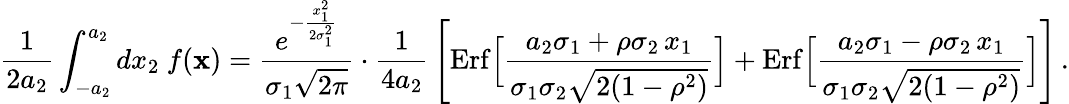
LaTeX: {\frac{1}{2a_{2}}}\int_{-a_{2}}^{a_{2}}dx_{2}\ f({\mathbf x})={\frac{e^{-{\frac{x_{1}^{2}}{2\sigma_{1}^{2}}}}}{\sigma_{1}\sqrt{2\pi}}}\cdot{\frac{1}{4a_{2}}}\left[\mathrm{Erf}\Big[{\frac{a_{2}\sigma_{1}+\rho\sigma_{2}\, x_{1}}{\sigma_{1}\sigma_{2}\sqrt{2(1-\rho^{2})}}}\Big]+\mathrm{Erf}\Big[{\frac{a_{2}\sigma_{1}-\rho\sigma_{2}\, x_{1}}{\sigma_{1}\sigma_{2}\sqrt{2(1-\rho^{2})}}}\Big]\right]\, .